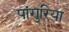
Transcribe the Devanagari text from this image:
पांगुरिया